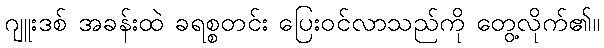
ဂျူးဒစ် အခန်းထဲ ခရစ္စတင်း ပြေးဝင်လာသည်ကို တွေ့လိုက်၏။